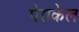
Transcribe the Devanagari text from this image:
पेराकेल